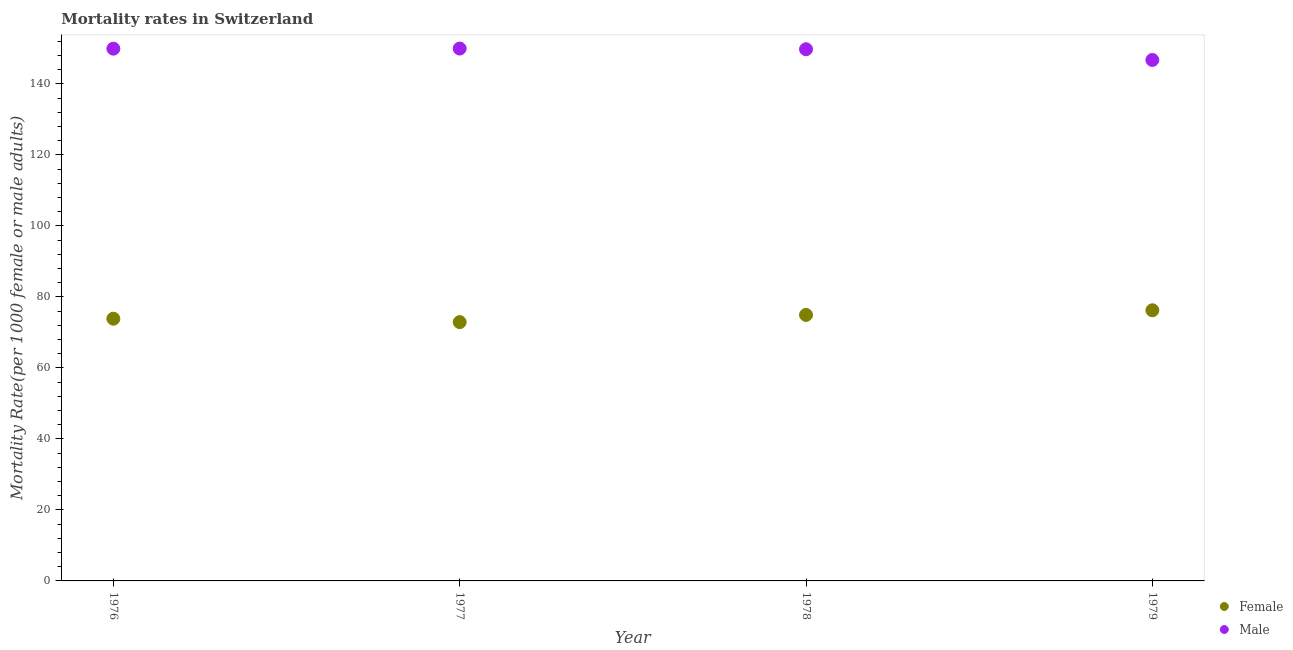
| Year | Female | Male |
 | --- | --- | --- |
 | 1976 | 73.9 | 150 |
 | 1977 | 72.9 | 150 |
 | 1978 | 74.9 | 150 |
 | 1979 | 76.2 | 147 |